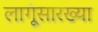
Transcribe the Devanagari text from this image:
लागूंसारख्या